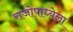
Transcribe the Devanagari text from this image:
राजोपाध्येला